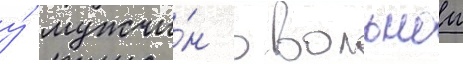
у́ мужчи́н в вольнои